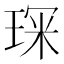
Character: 𭹘